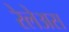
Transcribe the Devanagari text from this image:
रेलेअस